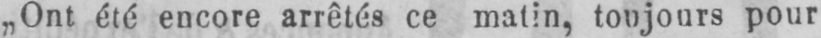
„Ont été encore arrêtés ce matin, toujours pour